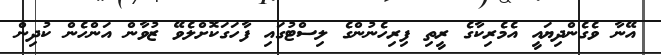
އޭނާ ވެގެންދިޔައީ އެމެރިކާގެ ރީތި ފިރިހެނުންގެ ލިސްޓުގައި ފާހަގަކޮށްލެވޭ ޒުވާން އަންހެން ކުދިން